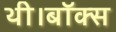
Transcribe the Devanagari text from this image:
थी।बॉक्स